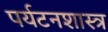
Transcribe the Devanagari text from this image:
पर्यटनशास्त्र